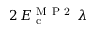
2 \, E _ { \mathrm { ~ c ~ } } ^ { \mathrm { ~ M ~ P ~ 2 ~ } } \, \lambda